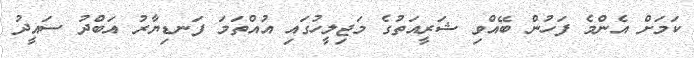
ކަމަށް އެންމެ ފަހުން ބޭއްވި ޝަރީއަތުގެ މަޖިލީހުގައި އުއްތަމަ ފަނޑިޔާރު އަބްދު ސައީދު